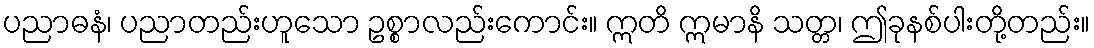
ပညာဓနံ၊ ပညာတည်းဟူသော ဥစ္စာလည်းကောင်း။ ဣတိ ဣမာနိ သတ္တ၊ ဤခုနစ်ပါးတို့တည်း။